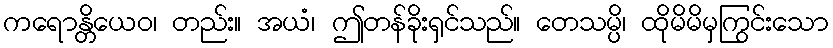
ကရောန္တိယေဝ၊ တည်း။ အယံ၊ ဤတန်ခိုးရှင်သည်။ တေသမ္ပိ၊ ထိုမိမိမှကြွင်းသော